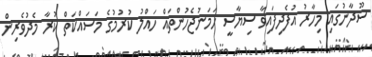
ސޫދާނުގައި މިހާރު އުފެދިފައިވާ ސިޔާސީ ހަމަނުޖެހުންތައް ހައްލު ކުރުމުގެ މަސައްކަތް ކުރާ މެދުވެރިން